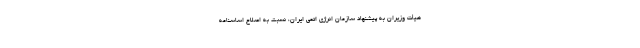
هیأت وزیران به پیشنهاد سازمان انرژی اتمی ایران، نسبت به اصلاح اساسنامه